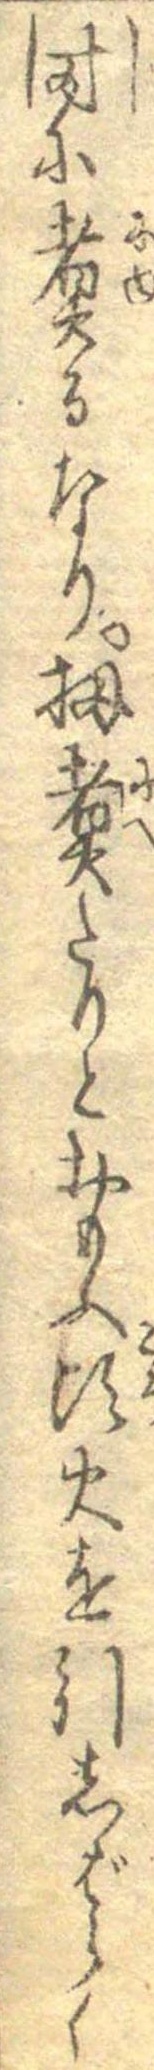
時に煮るなり扨煮たりとおもふ頃火を引しばらく